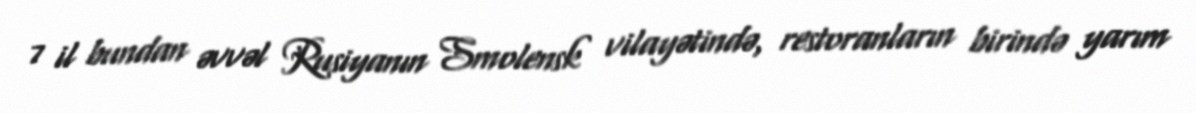
7 il bundan əvvəl Rusiyanın Smolensk vilayətində, restoranların birində yarım